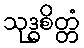
သုဒ္ဓစိတ္တံ